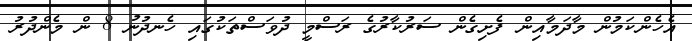
އެހެންކަމުން މާދަމާއިން ފެށިގެން ސަރުކާރުގެ ރަސްމީ ދުވަސްތަކުގައި ހެނދުނު 8 ން މެންދުރު